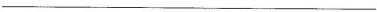
___